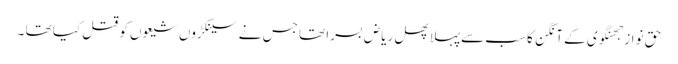
حق نواز جھنگوی کے آنگن کا سب سےپہلا پھل ریاض بسرا تھا جس نے سینکڑوں شیعوں کو قتل کیا تھا ۔